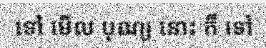
ទៅ មើល បុណ្យ នោះ ក៏ ទៅ